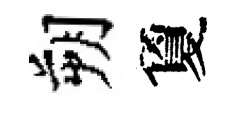
朔夐